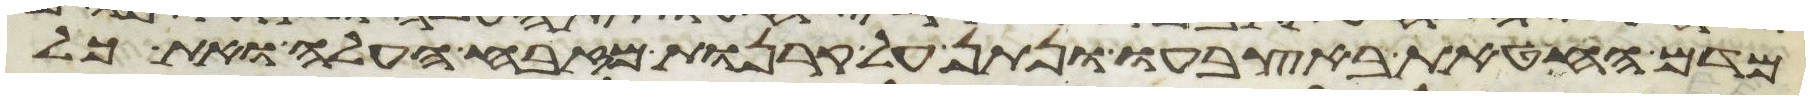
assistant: מדם החטאת באצבעו ונתן על קרנות מזבח העלה ואת כל